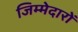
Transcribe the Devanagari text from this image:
जिम्मेदारों